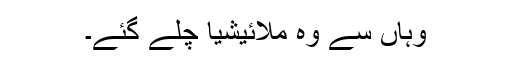
وہاں سے وہ ملائیشیا چلے گئے۔